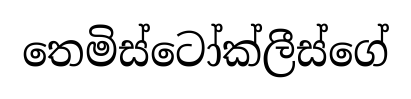
තෙමිස්ටෝක්ලීස්ගේ